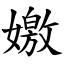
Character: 嬓